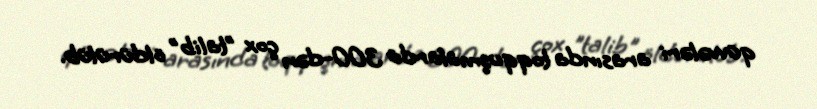
qüvvələri arasında toqquşmalarda 300-dən çox "talib" öldürülüb.